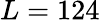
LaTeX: L=124